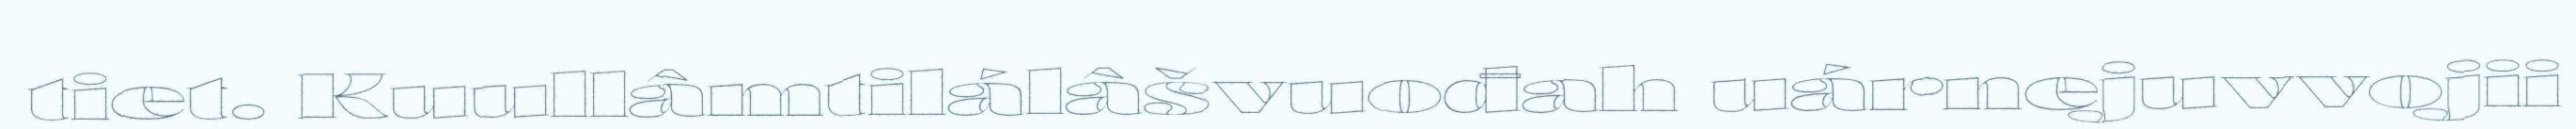
tiet. Kuullâmtilálâšvuođah uárnejuvvojii